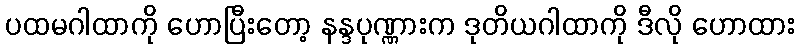
ပထမဂါထာကို ဟောပြီးတော့ နန္ဒပုဏ္ဏားက ဒုတိယဂါထာကို ဒီလို ဟောထား